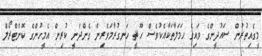
މީގެއިތުރުން ސައުދީންގެ ވައިގެ ހަމަލާތަކާއެކުވެސް ހޫޘީ ހަނގުރާމަވެރިން ގެންދަނީ ކުރިން އެމީހުންގެ ކޮންޓްރޯލް